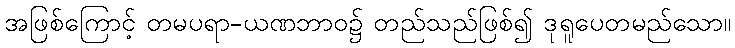
အဖြစ်ကြောင့် တမပရာ-ယဏဘာဝ၌ တည်သည်ဖြစ်၍ ဒုရူပေတမည်သော။